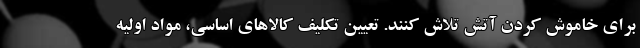
برای خاموش کردن آتش تلاش کنند. تعیین تکلیف کالاهای اساسی، مواد اولیه